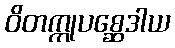
ဝိတက္ကုပစ္ဆေဒါယ